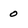
Character: 0